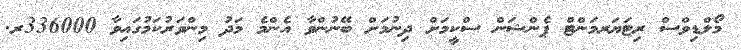
މޯލްޑިވްސް ރިޓަޔަރމަންޓް ޕެންޝަން ސްކީމަށް ދިނުމަށް ބޭނުންވާ އެންމެ މަދު މިންވަރުކަމުގައިވާ 336000ރ.